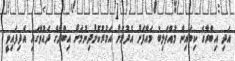
އަދި އިބްރާގެ ކިބައިން މުއްތަލިބު މައާފަށް އެދުމަށް އަމުރުކޮށްދިނުމަށް އިބްރާގެ ދައުވާގައި އެދިފައިވީ